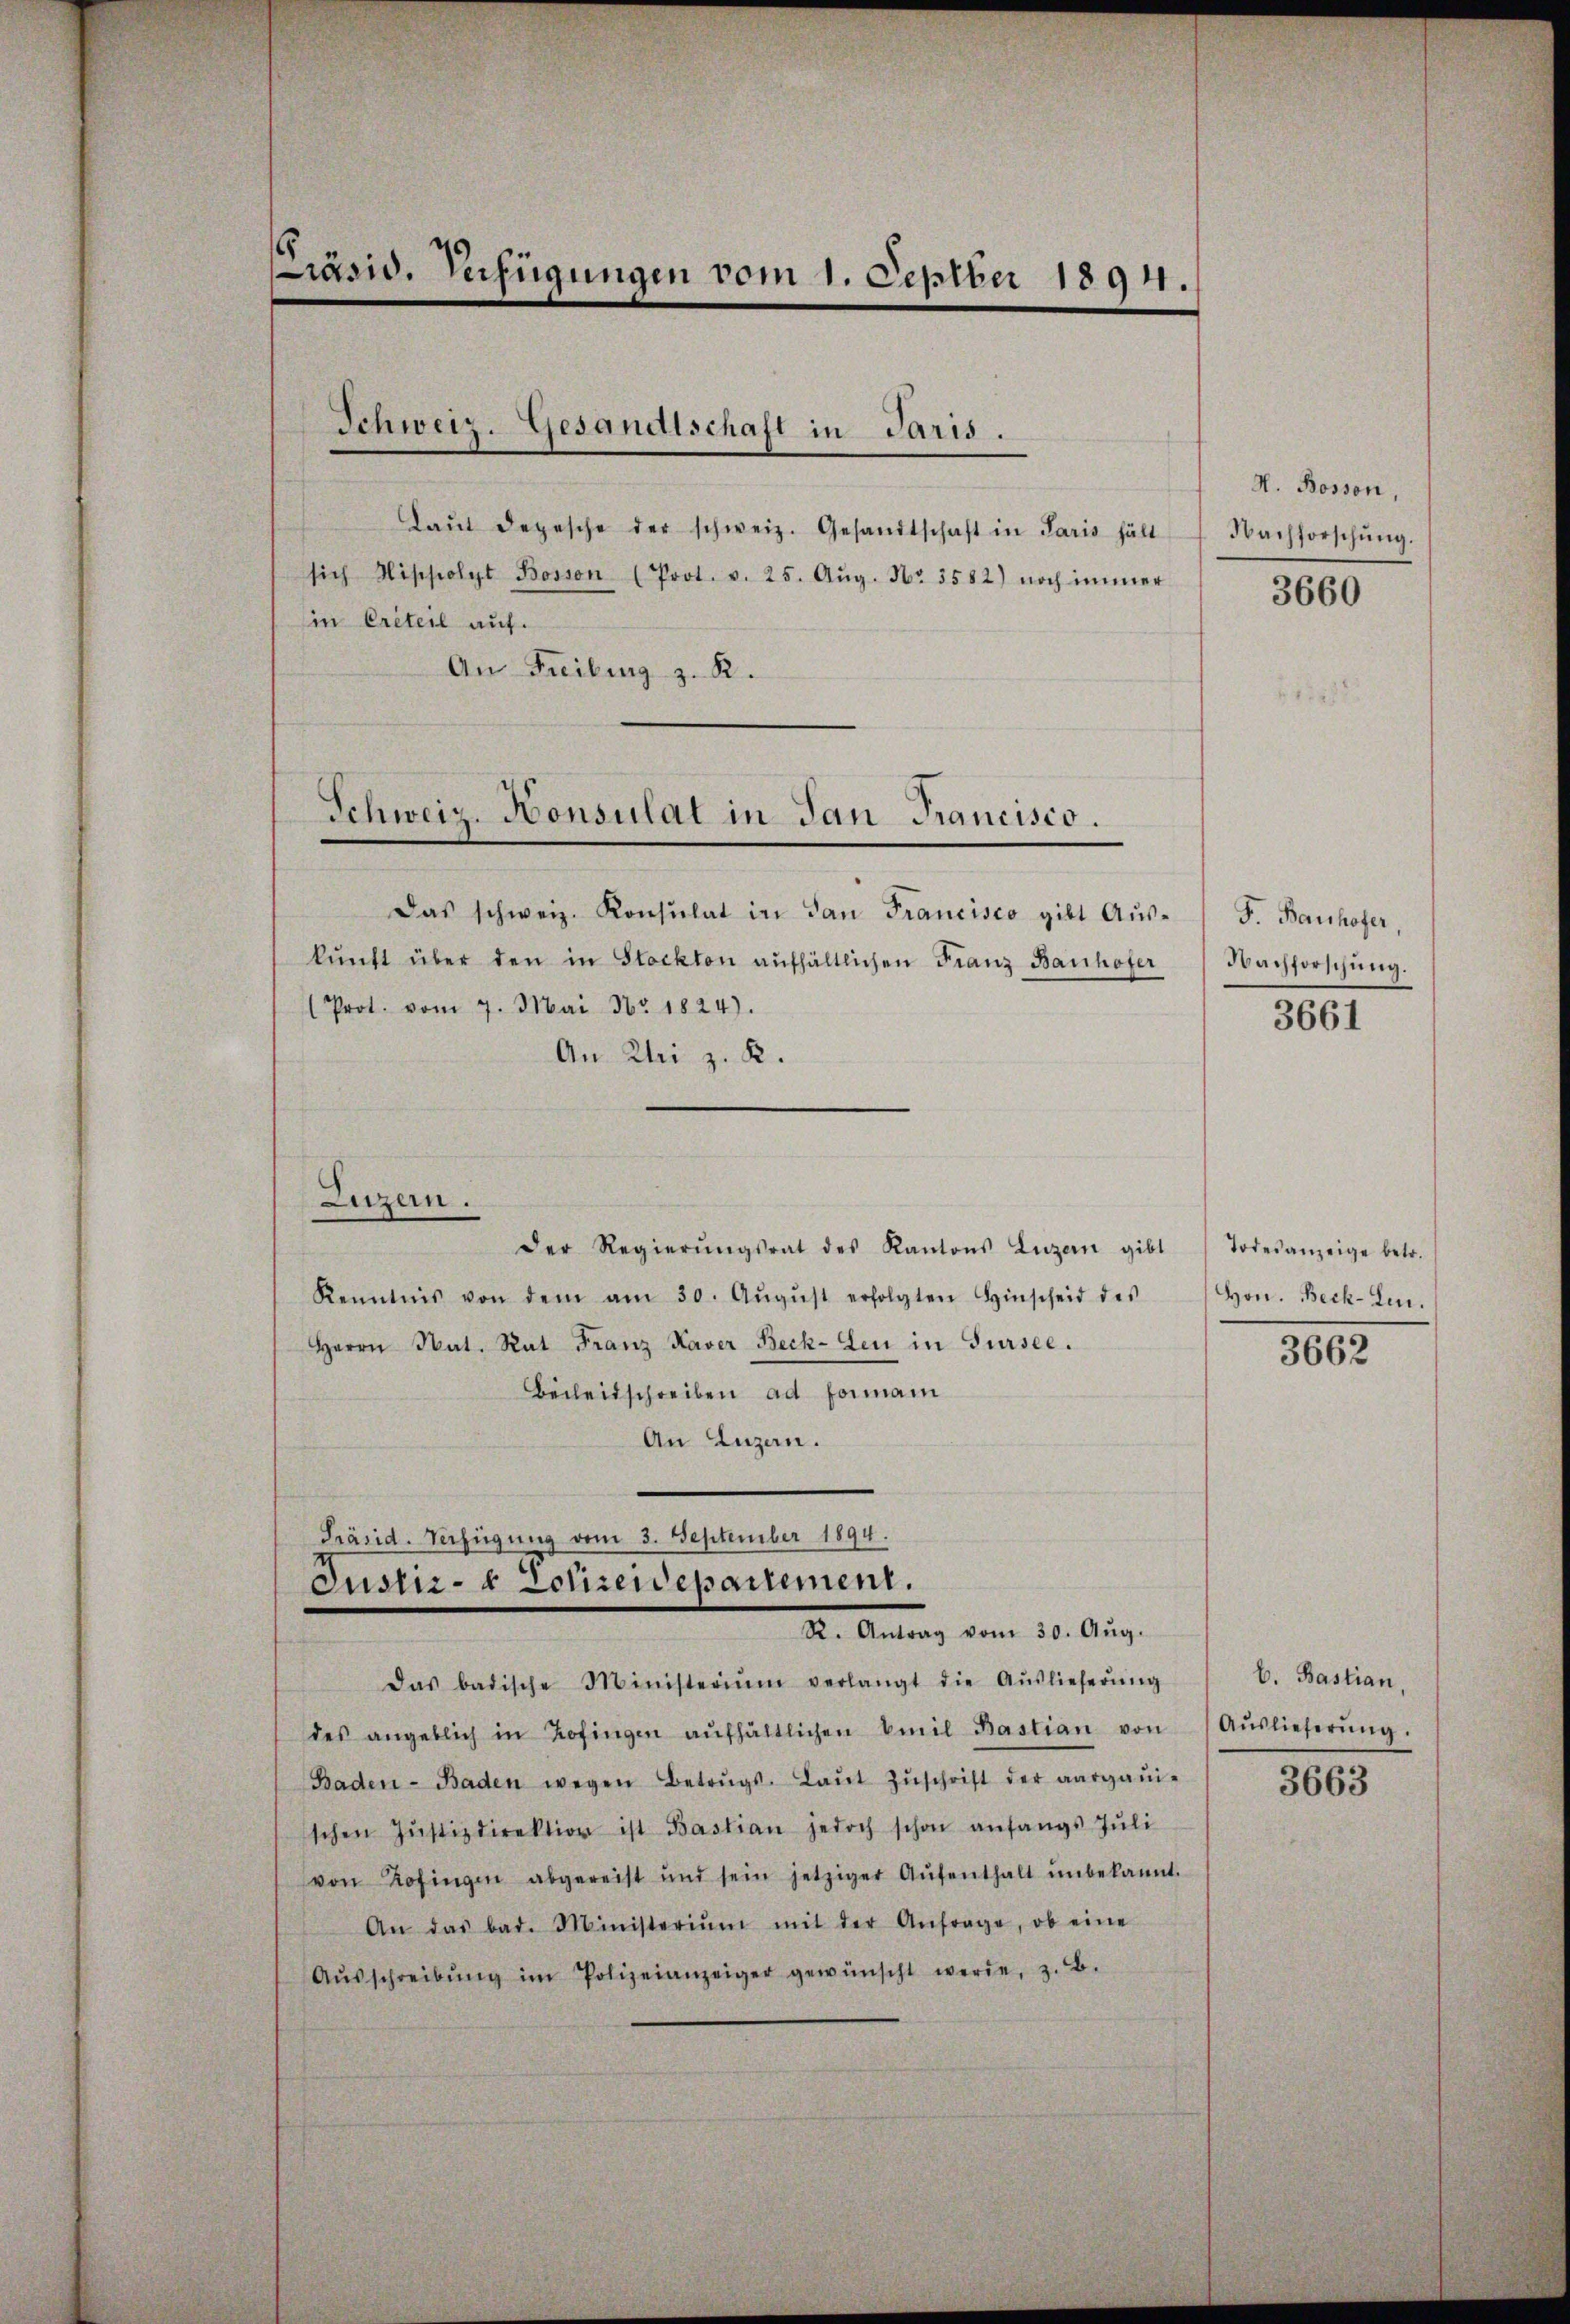
Präsid. Verfügungen vom 1. Septber 1894.

Schweiz. Gesandtschaft in Paris.

Laŭt depesche der schweiz. Gesandtschaft in Paris hält
sich Hippolyt Bosson (Prot. v. 25. Aŭg. Nr. 3582) noch immer
in Creteil auf.
An Freiburg z. B.
Das schweiz. Konsulat in San Francisco gibt Auskŭnft über den in Stockten aŭfhältlichen Franz Bauhofer
Prot. vom 7. Mai Nr. 1824.
An Klei z. K.
Luzern.
der Regierŭngsrat des Kantons Luzern gibt Todesanzeige betr.
Kenntnis von dem am 30. Aŭgŭst erfolgten Hinscheid des
Herrn Nat. Rat Franz Xaver Beck-Leu in Sursee.
Beileitschreiben ad Forman
An Luzen.

Schweiz. Honsulat in Jan Francisco.

Präsid. Verfügung vom 3. September 1894.
Justiz- & Polizeidepartement.
Dr. Antrag vom 20. Aug.

H. Bosson,
Nachforschŭng.
3660

Das badische Ministerium verlangt die Aŭslieferŭng
des angeblich in Zofingen aŭfhältlichen Emil Bastian von
Baden- Baden wegen Betrŭgs- Laŭt Zŭschrift der aargaŭi-
schen Jŭstizdirektion ist Bastian jedoch schon anfangs Jŭli
von Zofingen abgereist und sein jetziger Aŭfenthalt ŭnbekannt.
An das bad. Ministeriŭm mit der Anfrage, ob eine
Aŭsschreibŭng im Polizeianzeiger gewünscht werde, z. B.

F. Bauhofer,
Nachforschung.
3661

Hon. Beck-Len.
3662

b. Bastian.
Auslieferung.
3663